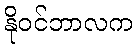
နိုဝင်ဘာလက